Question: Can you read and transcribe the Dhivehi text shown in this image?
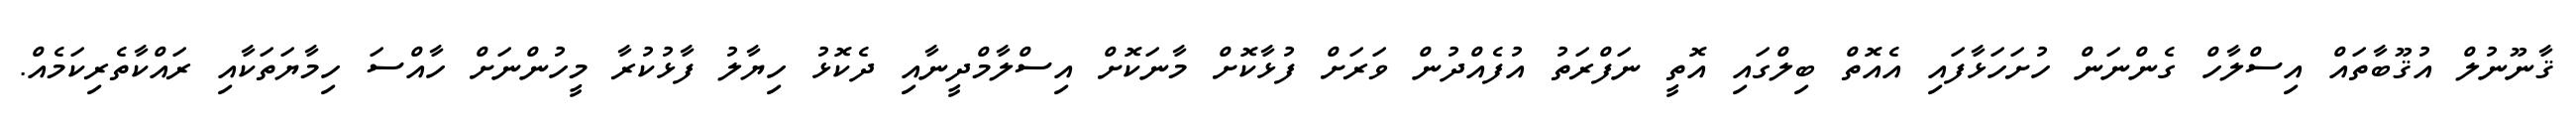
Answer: ޤާނޫނުލް އުޤޫބާތައް އިސްލާހް ގެންނަން ހުށަހަޅާފައި އެއޮތް ބިލްގައި އޮތީ ނަފްރަތު އުފެއްދުން ވަރަށް ފުޅާކޮށް މާނަކޮށް އިސްލާމްދީނާއި ދެކޮޅު ހިޔާލު ފާޅުކުރާ މީހުންނަށް ހާއްސަ ހިމާޔަތަކާއި ރައްކާތެރިކަމެއް.